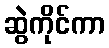
ဆွဲကိုင်ကာ